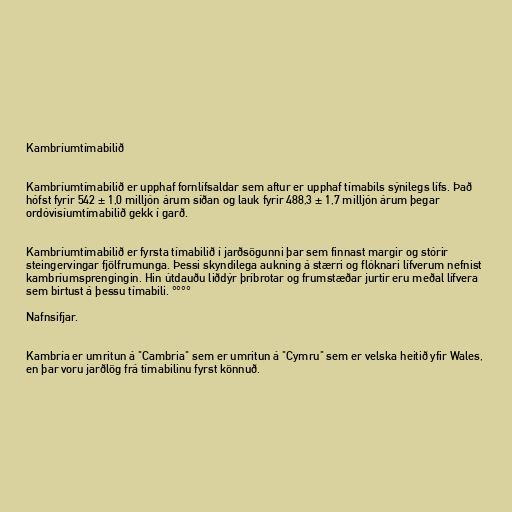
Kambríumtímabilið

Kambríumtímabilið er upphaf fornlífsaldar sem aftur er upphaf tímabils sýnilegs lífs. Það
hófst fyrir 542 ± 1,0 milljón árum síðan og lauk fyrir 488,3 ± 1,7 milljón árum þegar
ordóvisíumtímabilið gekk í garð.

Kambríumtímabilið er fyrsta tímabilið í jarðsögunni þar sem finnast margir og stórir
steingervingar fjölfrumunga. Þessi skyndilega aukning á stærri og flóknari lífverum nefnist
kambríumsprengingin. Hin útdauðu liðdýr þríbrotar og frumstæðar jurtir eru meðal lífvera
sem birtust á þessu tímabili. °°°°

Nafnsifjar.

Kambría er umritun á "Cambria" sem er umritun á "Cymru" sem er velska heitið yfir Wales,
en þar voru jarðlög frá tímabilinu fyrst könnuð.